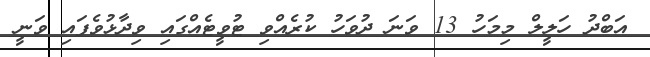
އަބްދު ހަލީލް މިމަހު 13 ވަނަ ދުވަހު ކުރެއްވި ޓުވީޓެއްގައި ވިދާޅުވެފައި ވަނީ